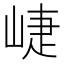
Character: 崨